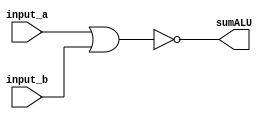
module ALUNor (
	input [31:0] input_a, input_b,
	output [31:0] sumALU,
	);
	
	reg [31:0] results;
	assign sumALU = results;
	
	
	always @(*)
	begin
		 //  Logical nor
           results = ~(input_a | input_b);
          
	end
	
endmodule